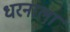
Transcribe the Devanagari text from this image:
धरनाला